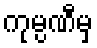
ကုမ္ပဏီမှ